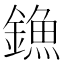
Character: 𨫷